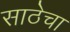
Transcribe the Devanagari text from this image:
साठेचा